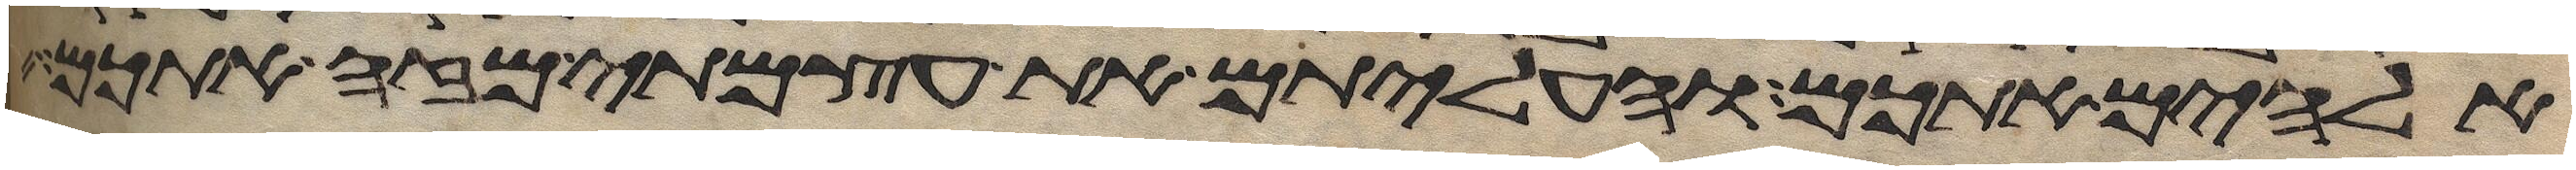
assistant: אלהים אתכם והעליתם את עצמתי מזה אתכם